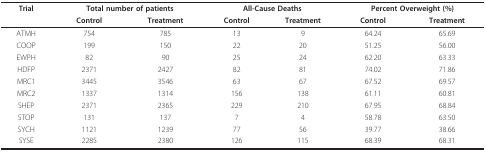
<table><thead><tr><td><b>Trial</b></td><td colspan="2"><b>Total number of patients</b></td><td colspan="2"><b>All-Cause Deaths</b></td><td colspan="2"><b>Percent Overweight (%)</b></td></tr><tr><td></td><td><b>Control</b></td><td><b>Treatment</b></td><td><b>Control</b></td><td><b>Treatment</b></td><td><b>Control</b></td><td><b>Treatment</b></td></tr></thead><tbody><tr><td>ATMH</td><td>754</td><td>785</td><td>13</td><td>9</td><td>64.24</td><td>65.69</td></tr><tr><td>COOP</td><td>199</td><td>150</td><td>22</td><td>20</td><td>51.25</td><td>56.00</td></tr><tr><td>EWPH</td><td>82</td><td>90</td><td>25</td><td>24</td><td>62.20</td><td>63.33</td></tr><tr><td>HDFP</td><td>2371</td><td>2427</td><td>82</td><td>81</td><td>74.02</td><td>71.86</td></tr><tr><td>MRC1</td><td>3445</td><td>3546</td><td>63</td><td>67</td><td>67.52</td><td>69.57</td></tr><tr><td>MRC2</td><td>1337</td><td>1314</td><td>156</td><td>138</td><td>61.11</td><td>60.81</td></tr><tr><td>SHEP</td><td>2371</td><td>2365</td><td>229</td><td>210</td><td>67.95</td><td>68.84</td></tr><tr><td>STOP</td><td>131</td><td>137</td><td>7</td><td>4</td><td>58.78</td><td>63.50</td></tr><tr><td>SYCH</td><td>1121</td><td>1239</td><td>77</td><td>56</td><td>39.77</td><td>38.66</td></tr><tr><td>SYSE</td><td>2285</td><td>2380</td><td>126</td><td>115</td><td>68.39</td><td>68.31</td></tr></tbody></table>